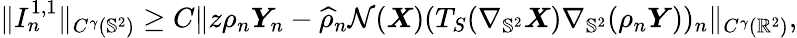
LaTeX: \begin{array}{r}{\| I_{n}^{1,1}\| _{C^{\gamma}(\mathbb{S}^{2})}\geq C\| z\rho_{n}\boldsymbol{Y}_{n}-\widehat{\rho}_{n}\mathcal{N}(\boldsymbol{X})(T_{S}(\nabla_{\mathbb{S}^{2}}\boldsymbol{X})\nabla_{\mathbb{S}^{2}}(\rho_{n}\boldsymbol{Y}))_{n}\| _{C^{\gamma}(\mathbb{R}^{2})},}\end{array}